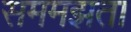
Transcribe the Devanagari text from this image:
सममझता